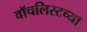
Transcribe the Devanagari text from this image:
वॉचलिस्टच्या